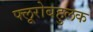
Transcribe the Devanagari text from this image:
फ्लूरोबहुलक